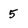
Character: 5